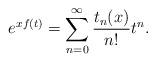
LaTeX: \begin{align*}e^{x f(t)} = \sum_{n=0}^\infty \frac{t_n(x)}{n!} t^n.\end{align*}